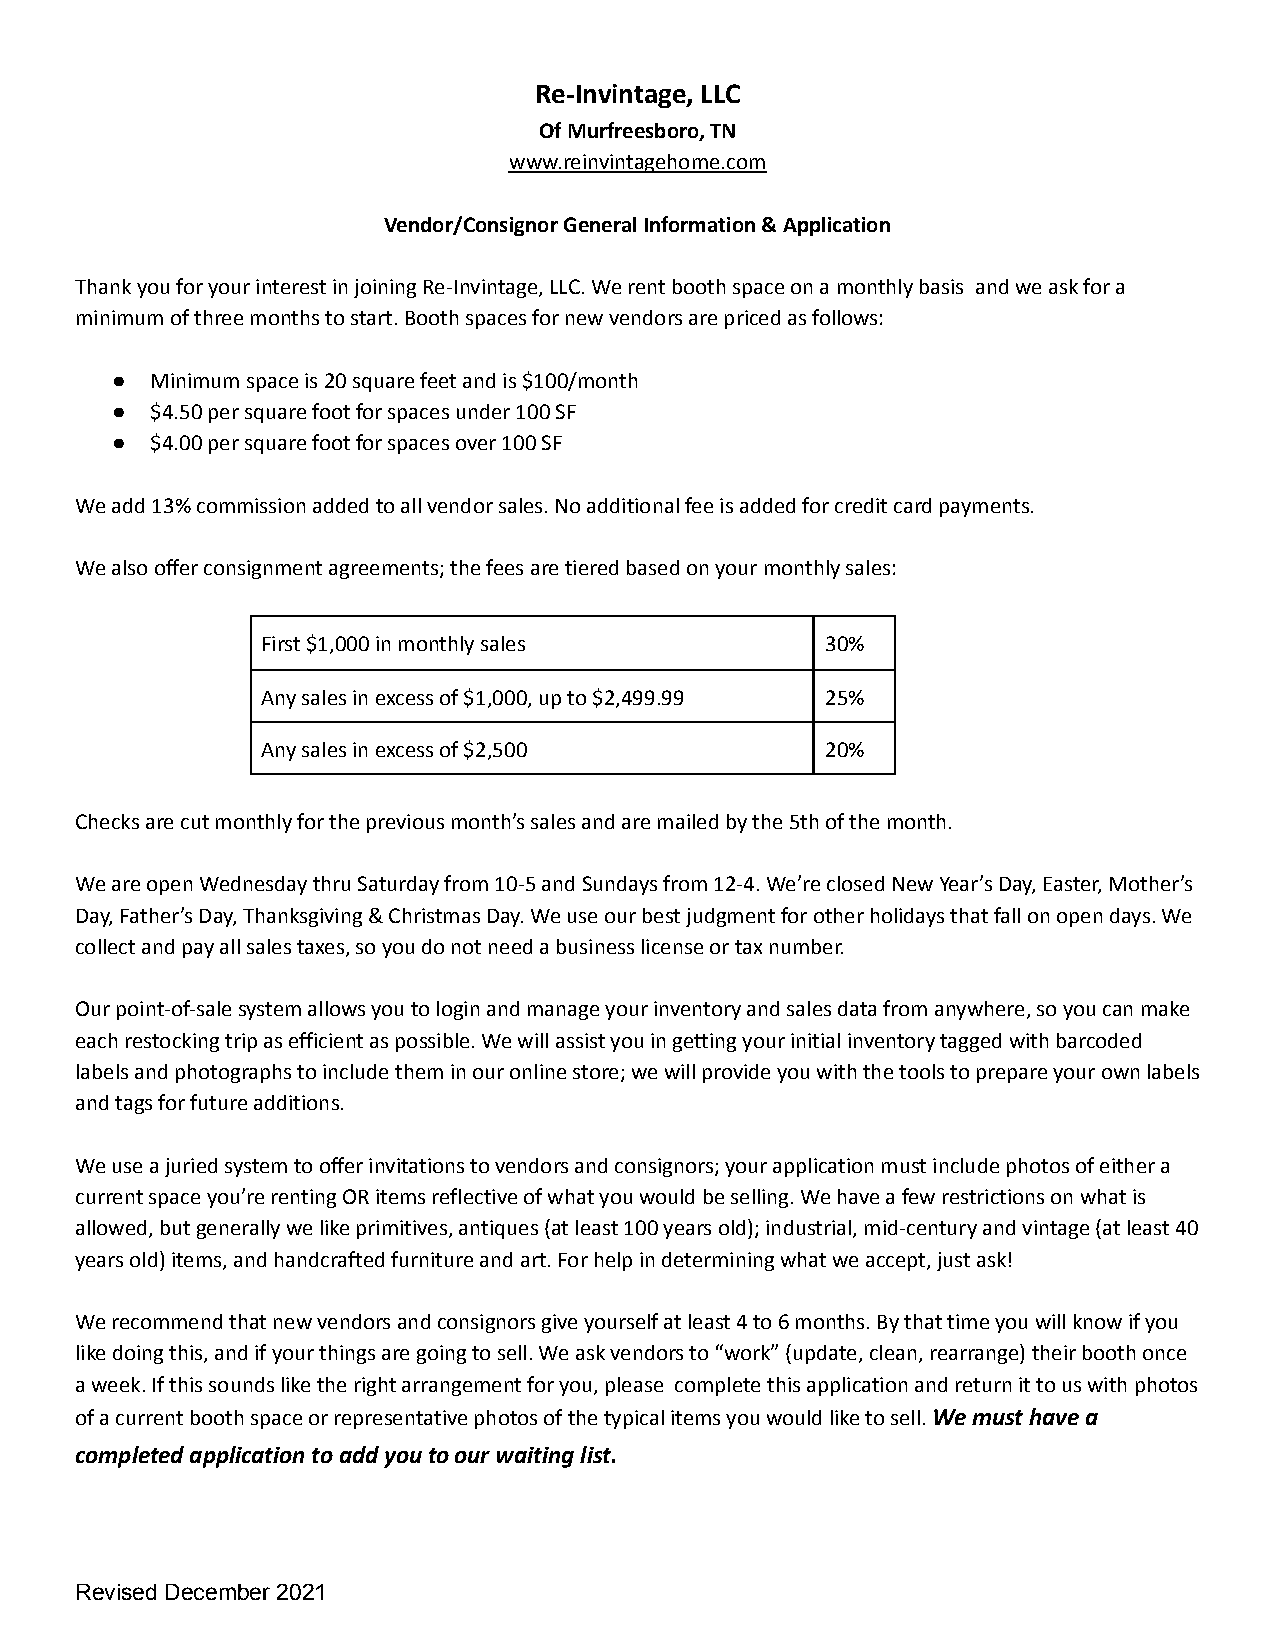
Re-Invintage, LLC
 Of Murfreesboro, TN
 www.reinvintagehome.com
 Vendor/Consignor General Information & Application
 Thank you for your interest in joining Re-Invintage, LLC. We rent booth space on a monthly basis and we ask for a
 minimum of three months to start. Booth spaces for new vendors are priced as follows:
 ●  Minimum space is 20 square feet and is $100/month
 ●  $4.50 per square foot for spaces under 100 SF
 ●  $4.00 per square foot for spaces over 100 SF
 We add 13% commission added to all vendor sales. No additional fee is added for credit card payments.
 We also offer consignment agreements; the fees are tiered based on your monthly sales:
 First $1,000 in monthly sales         30%
 Any sales in excess of $1,000, up to $2,499.99 25%
 Any sales in excess of $2,500         20%
 Checks are cut monthly for the previous month’s sales and are mailed by the 5th of the month.
 We are open Wednesday thru Saturday from 10-5 and Sundays from 12-4. We’re closed New Year’s Day, Easter, Mother’s
 Day, Father’s Day, Thanksgiving & Christmas Day. We use our best judgment for other holidays that fall on open days. We
 collect and pay all sales taxes, so you do not need a business license or tax number.
 Our point-of-sale system allows you to login and manage your inventory and sales data from anywhere, so you can make
 each restocking trip as efficient as possible. We will assist you in getting your initial inventory tagged with barcoded
 labels and photographs to include them in our online store; we will provide you with the tools to prepare your own labels
 and tags for future additions.
 We use a juried system to offer invitations to vendors and consignors; your application must include photos of either a
 current space you’re renting OR items reflective of what you would be selling. We have a few restrictions on what is
 allowed, but generally we like primitives, antiques (at least 100 years old); industrial, mid-century and vintage (at least 40
 years old) items, and handcrafted furniture and art. For help in determining what we accept, just ask!
 We recommend that new vendors and consignors give yourself at least 4 to 6 months. By that time you will know if you
 like doing this, and if your things are going to sell. We ask vendors to “work” (update, clean, rearrange) their booth once
 a week. If this sounds like the right arrangement for you, please complete this application and return it to us with photos
 of a current booth space or representative photos of the typical items you would like to sell.We musthave a
 completed application to add you to our waiting list.
 Revised December 2021